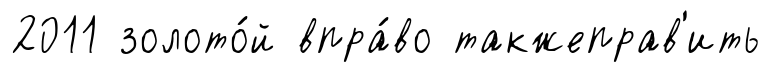
2011 золото́й впра́во такжеправ'ить